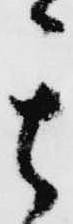
其